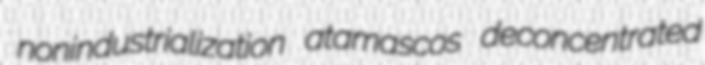
nonindustrialization atamascos deconcentrated